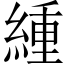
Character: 緟